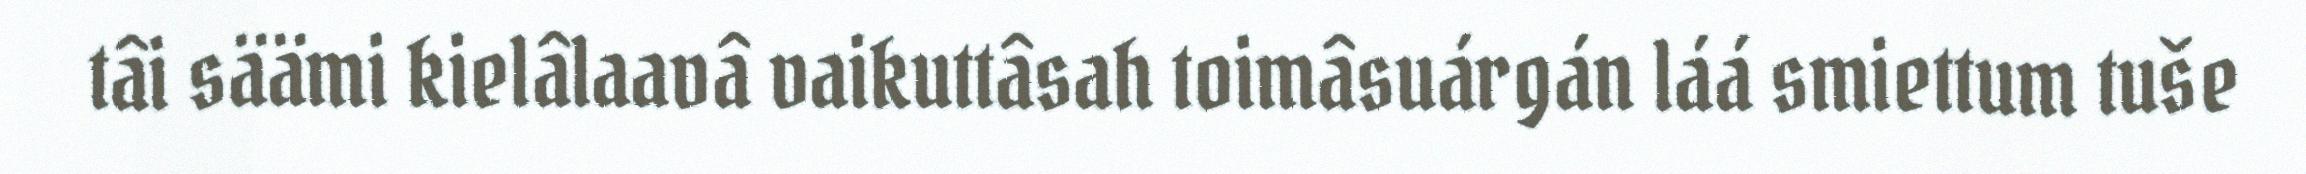
tâi säämi kielâlaavâ vaikuttâsah toimâsuárgán láá smiettum tuše